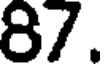
87.